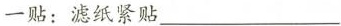
一贴：滤纸紧贴___